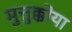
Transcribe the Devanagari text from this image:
मुत्तुक्कोया